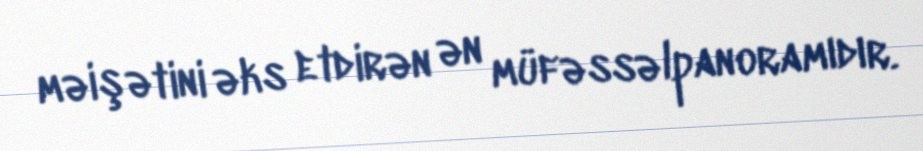
məişətini əks etdirən ən müfəssəlpanoramıdır.